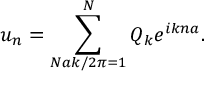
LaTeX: u _ { n } = \sum _ { N a k / 2 \pi = 1 } ^ { N } Q _ { k } e ^ { i k n a } .